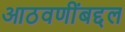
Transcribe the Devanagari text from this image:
आठवणींबद्दल